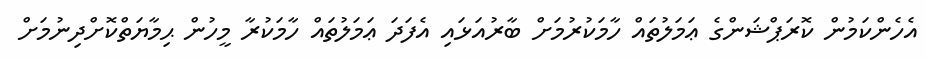
އެހެންކަމުން ކޮރަޕްޝަންގެ ޢަމަލުތައް ހާމަކުރުމަށް ބާރުއަޅައި އެފަދަ ޢަމަލުތައް ހާމަކުރާ މީހުން ޙިމާޔަތްކޮށްދިނުމަށް